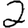
Digit: 2